Annual report of the Punjab Veterinary College and of the Civil Veterinary Department, Punjab - 1909-1919
Year: 1909
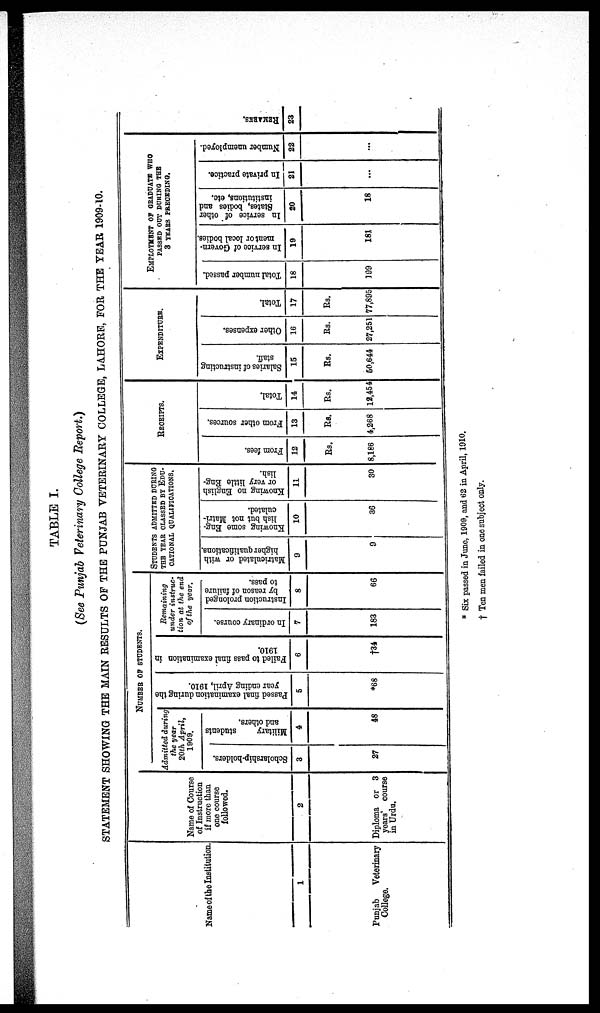
TABLE I.
(See Punjab Veterinary College Report.)
STATEMENT SHOWING THE MAIN RESULTS OF THE PUNJAB VETERINARY COLLEGE, LAHORE, FOR THE YEAR 1909-10.
Name of the Institution.
1
Punjab
Veterinary
College.
Name of Course
of Instruction
if more than
one course
followed.
2
Diploma or 3
years' course
in Urdu.
NUMBER OF STUDENTS.
Admitted during
the year
20th April,
1909.
Scholarship-holders.
3
27
Military
students
and others.
4
48
Passed final examination during the
year ending April, 1910.
5
*68
Failed to pass final examination in
1910.
6
†34
Remaining
under instruc-
tion at the end
of the year.
In ordinary course.
7
183
Instruction prolonged
by reason of failure
to pass.
8
66
STUDENTS ADMITTED DURING
THE YEAR CLASSED BY EDU-
CATIONAL QUALIFICATIONS.
Matriculated or with
higher qualifications.
9
9
Knowing some Eng-
lish but not Matri-
culated.
10
36
Knowing no English
or very little Eng-
lish.
11
30
RECEIPTS.
From fees.
12
Rs.
8,186
From other sources.
13
Rs.
4,268
Total.
14
Rs,
12,454
EXPENDITURE.
Salaries of instructing
stall.
15
Rs.
50,644
Other expenses.
16
Rs.
27,251
Total.
17
Rs.
77,895
EMPLOYMENT OF GRADUATE WHO
PASSED OUT DURING THE
3 YEARS PRECEDING.
Total number passed.
18
199
In service of Govern-
ment or local bodies.
19
181
In service of other
States, bodies and
institutions, etc.
20
18
In private practice.
21
...
Number unemployed.
22
...
REMARKS .
23
* Six passed in June, 1909, and 62 in April, 1910.
† Ten men failed in one subject only.